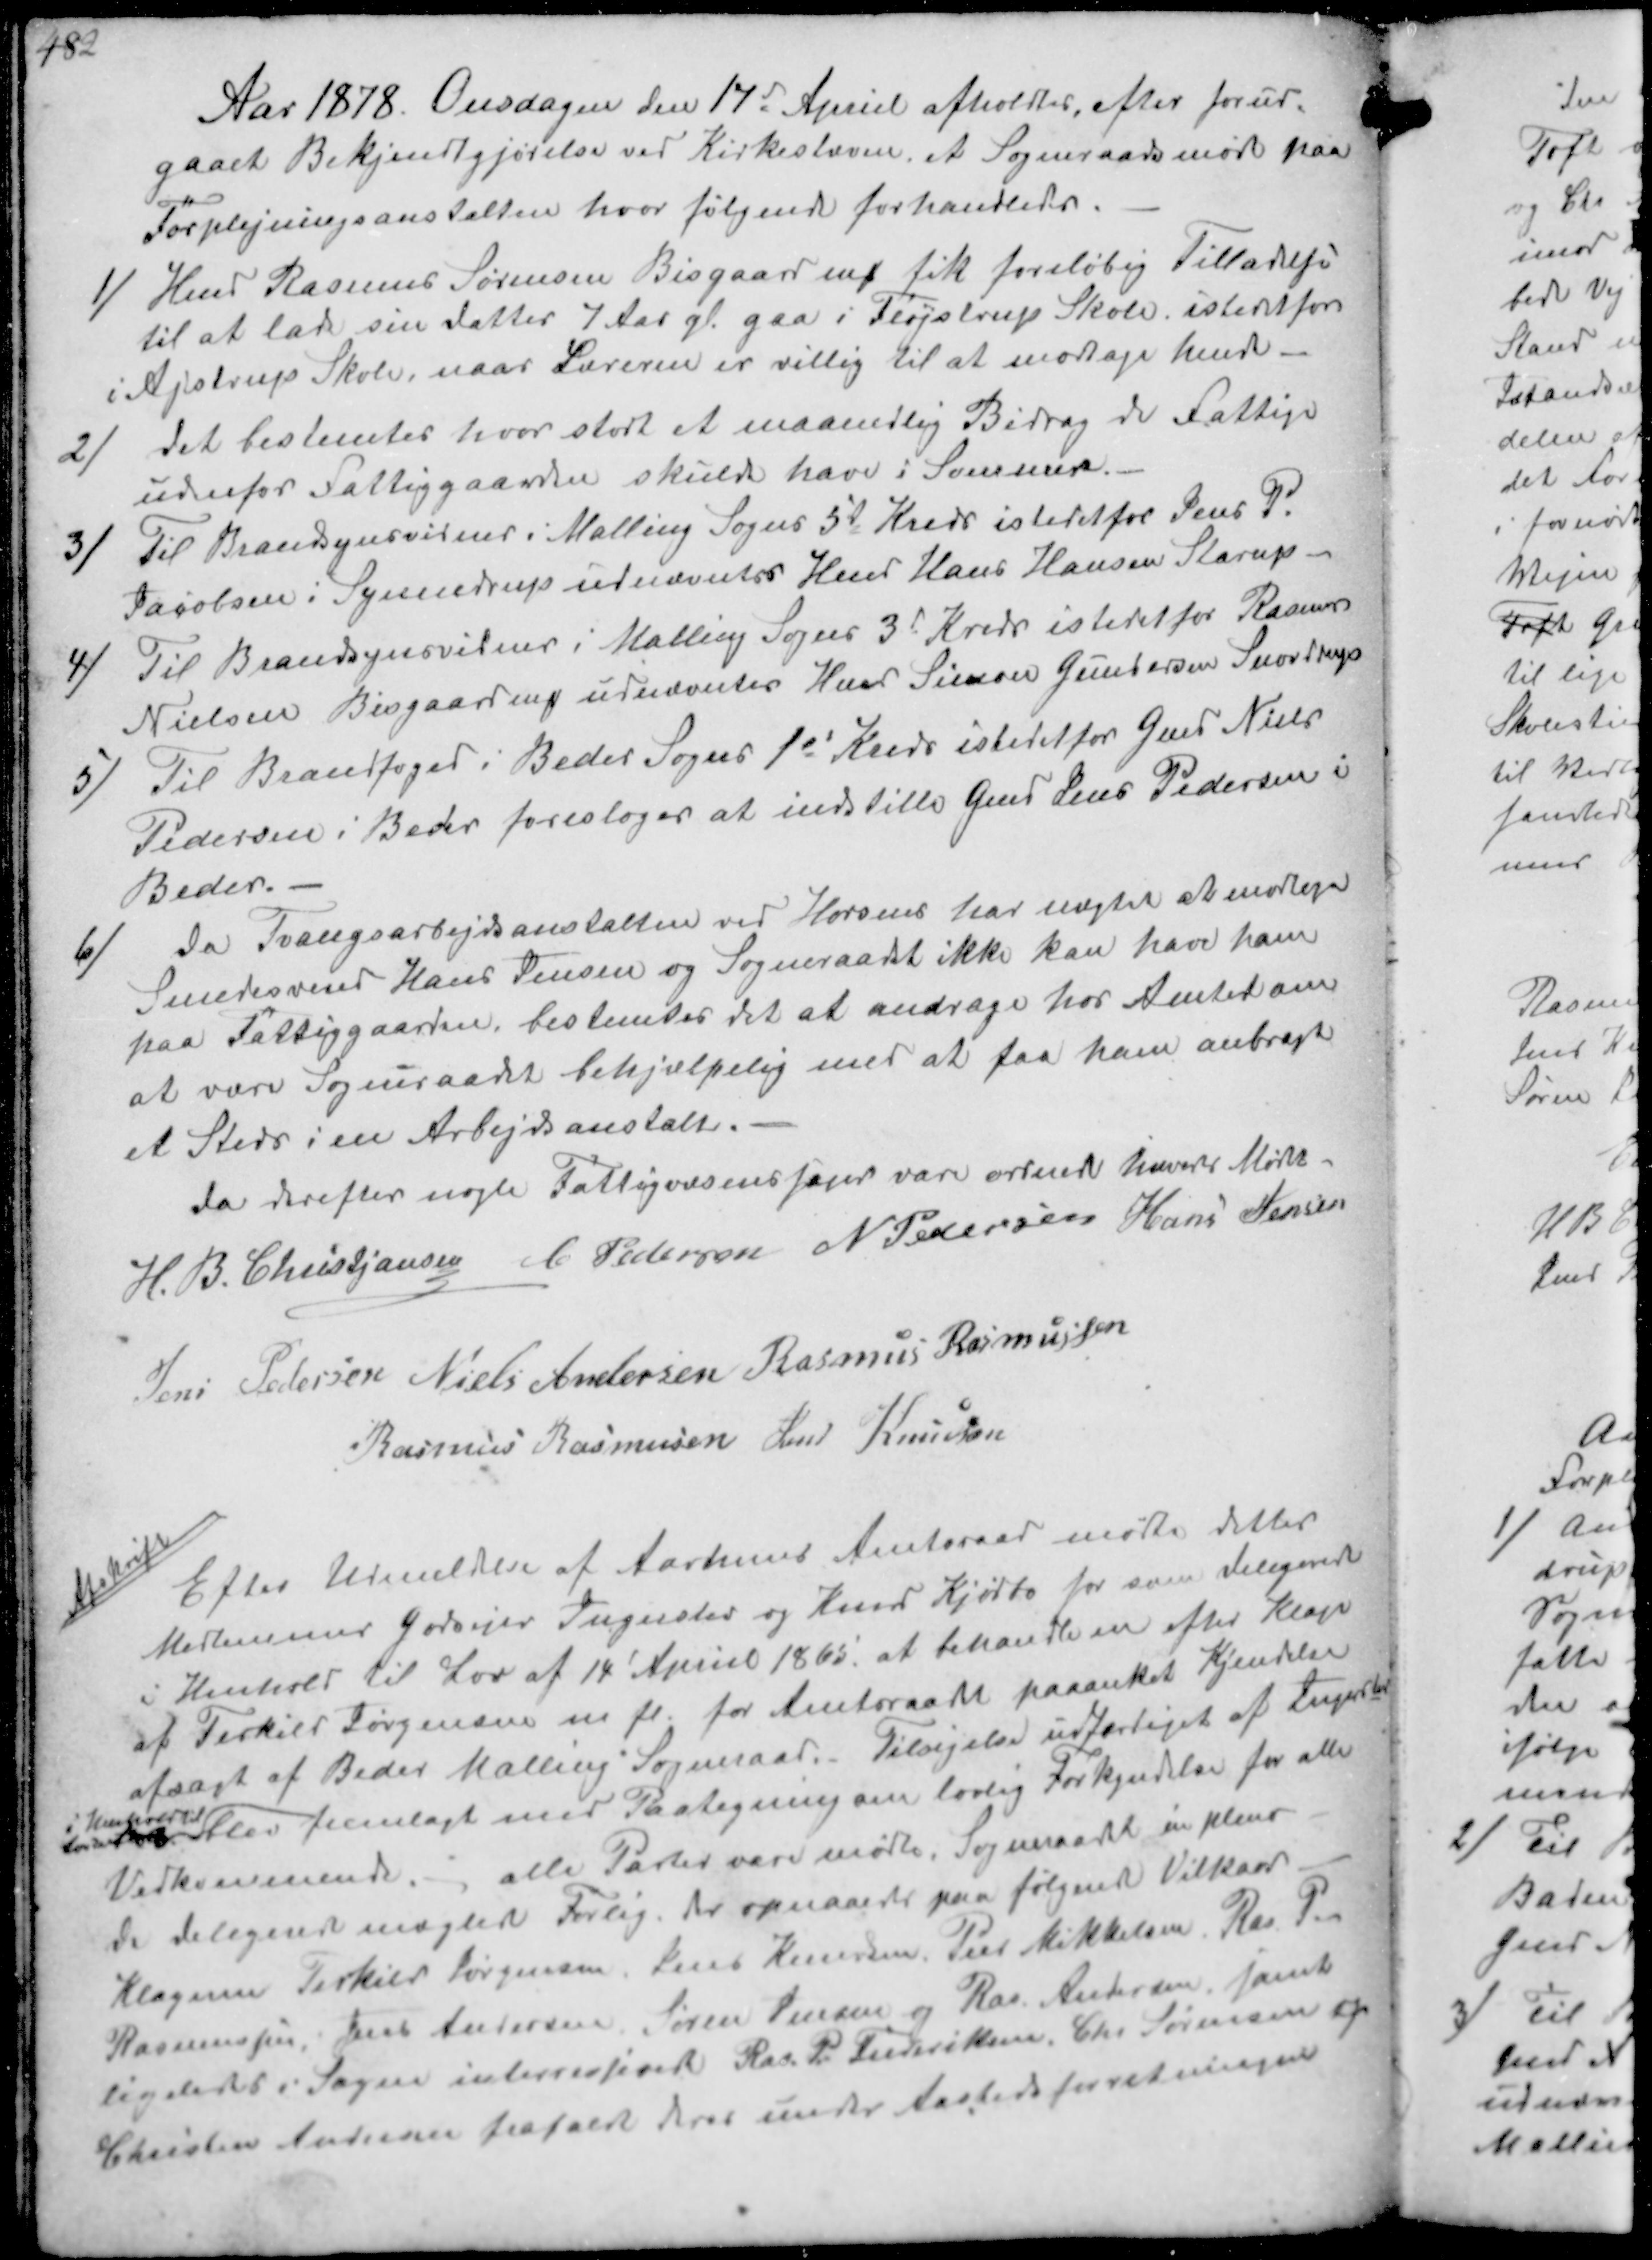
Transskription:
Aar 1878. Onsdagen den 17de April afholdtes efter forud-
gaaet Bekjendtgjørelse ved Kirkestævne, et Sogneraadsmøde paa
Forplejningsanstalten hvor følgende forhandledes.
1/ Hmd Rasmus Sørensen Bisgaard ₻ fik foreløbig Tilladelse
til at lade sin datter 7 Aar gl gaa i Fløjstrup Skole istedetfor
i Ajstrup Skole, naar Læreren er villig til at modtage hende.
2/ det bestemtes hvor stort et maanedlig Bidrag de Fattige
udenfor Fattiggaarden skulde have i Sommer.
3/ Til Brandsynsvidner i Malling Sogns 5te Kreds istedetfor Jens P.
Jacobsen i Synnedrup udnævntes Hmd Hans Hansen Starup
4/ Til Brandsynsvidner i Malling Sogns 3d Kreds istedet for Rasmus
Nielsen Bisgaardvej udnævntes Hans Simon Gundersen Snovdrup
5/ Til Brandfoged i Beder Sogns 1st Kreds istedet for Gmd Niels
Pedersen i Beder foresloges at indstille Gmd Jens Pedersen i
Beder.
6) Da Tvangsarbejdsanstalten ved Horsens har nægtet at modtage
Smedesvend Hans Jensen og Sogneraadet ikke kan have ham
paa Fattiggaarden bestemtes det at andrage hos Amtet om
at være Sogneraadet behjælpelig med at faa ham anbragt
et Sted i en Arbejdsanstalt.
da derefter nogle Fattigvæsenssager vare ordnede hævedes Mødet
H. B. Christjansen C Pedersen N Pedersen Hans Jensen
Jens Pedersen Niels Andersen Rasmus Rasmussen
Rasmus Rasmussen Jens Knudsen

Afskrift
Efter Udmeldelse af Aarhus Amtsraad mødtes dettes
Medlemmer godsejer Ingerslev og Knud Hjort for som delegerede
i Henhold til Lov af 14 April 1865 at behandle en efter Klage
af Terkild Jørgensen m.fl. for Amtsraadet paaanket Kjendelse
afsagt af Beder Malling Sogneraad Tilsigelse udfærdiget af 
i Henhold til
Loven
er fremlagt med Paategning om lovlig Forkyndelse for alle
Vedkommende, alle Parter vare mødte, Sogneraadet in pleno
de delegerede mæglede Forlig. Der opnaaedes paa følgende Vilkaar.
Klageren Terkild Jørgensen, Jens Knudsen, Peer Mikkelsen, Ras. P
Rasmussen, Jens Andersen Søren Jensen og Ras Andersen fandt
ligeledes i Sagens interesserede Ras P Frederiksen, Chr Sørensen og
Christen Andersen frafaldt Krav under Aastedsforretningen